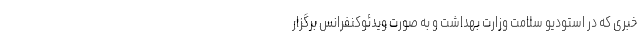
خبری که در استودیو سلامت وزارت بهداشت و به صورت ویدئوکنفرانس برگزار